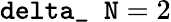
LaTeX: \texttt{delta\_ N}=2